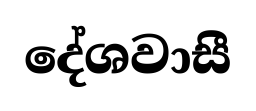
දේශවාසී